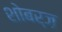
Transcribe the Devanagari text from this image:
शोबर्ज़